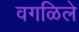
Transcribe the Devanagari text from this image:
वगळिले